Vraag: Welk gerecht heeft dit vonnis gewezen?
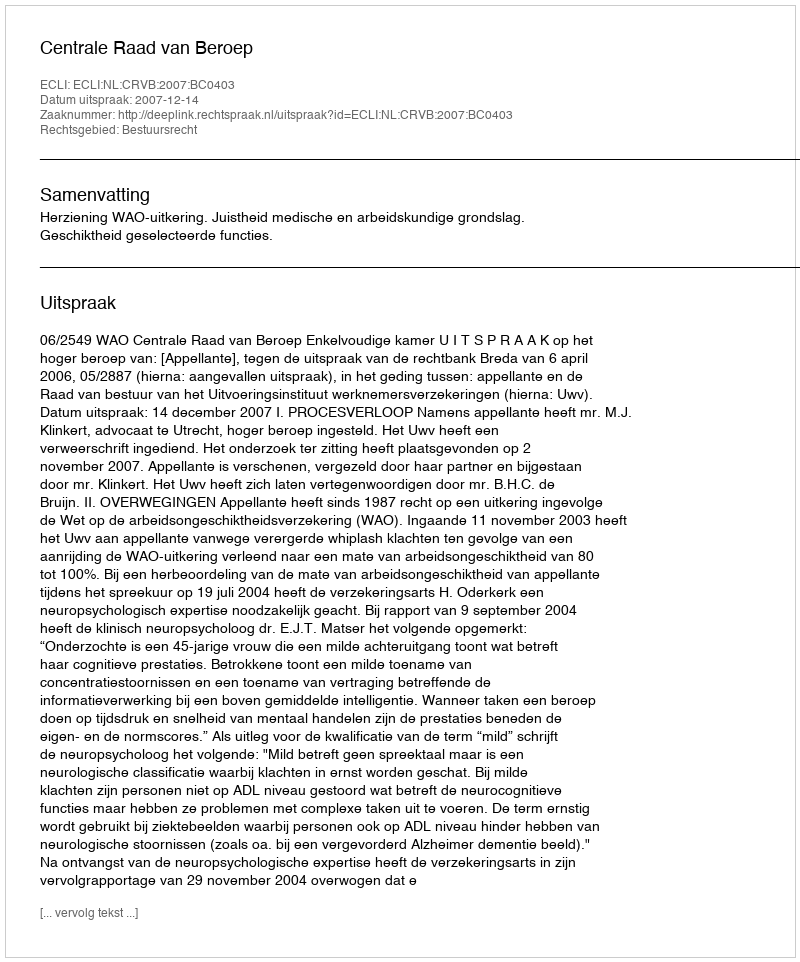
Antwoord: Centrale Raad van Beroep